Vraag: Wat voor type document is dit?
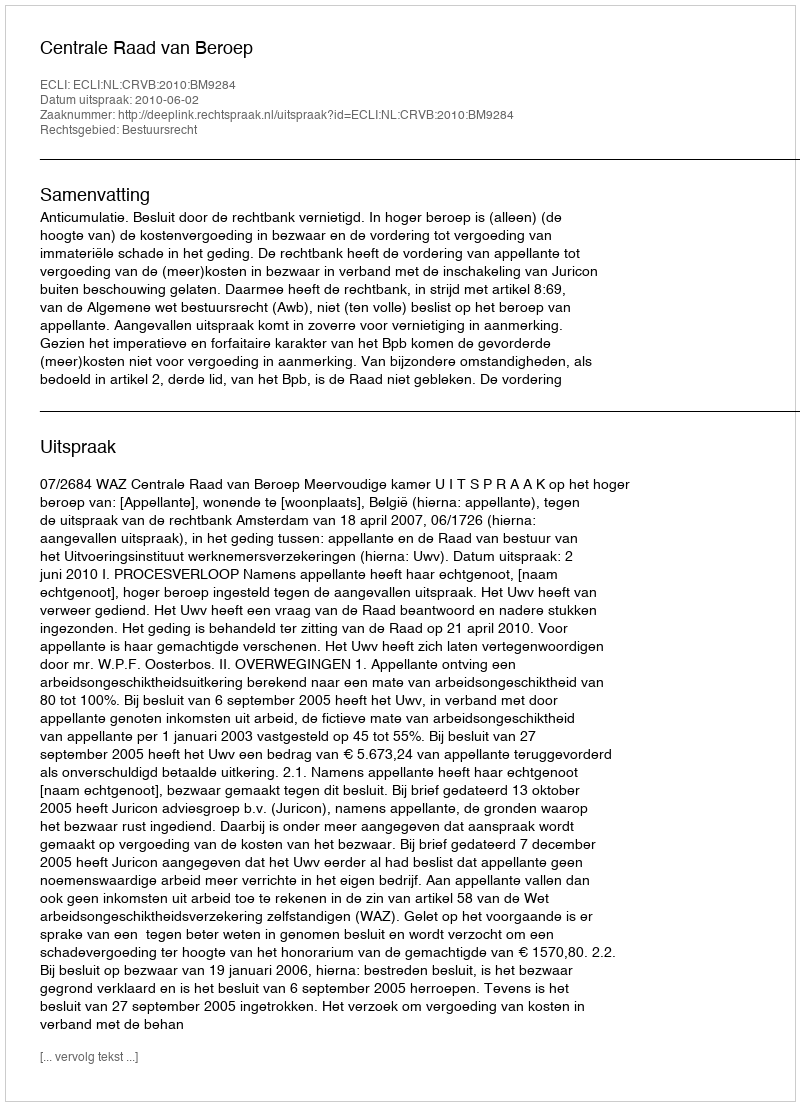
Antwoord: Uitspraak